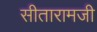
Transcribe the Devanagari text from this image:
सीतारामजी